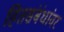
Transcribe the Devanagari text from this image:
हितसंबंधांवर